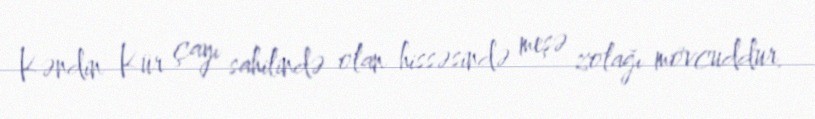
Kəndin Kür çayı sahilində olan hissəsində meşə zolağı mövcuddur.